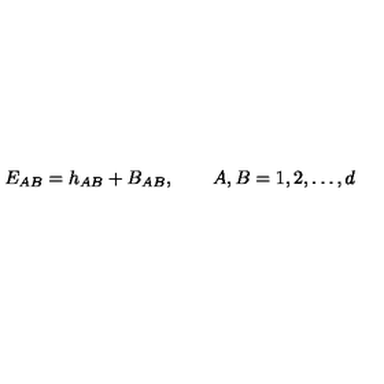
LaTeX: E _ { A B } = h _ { A B } + B _ { A B } , \qquad A , B = 1 , 2 , \ldots , d